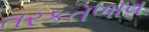
તરકતળાવ